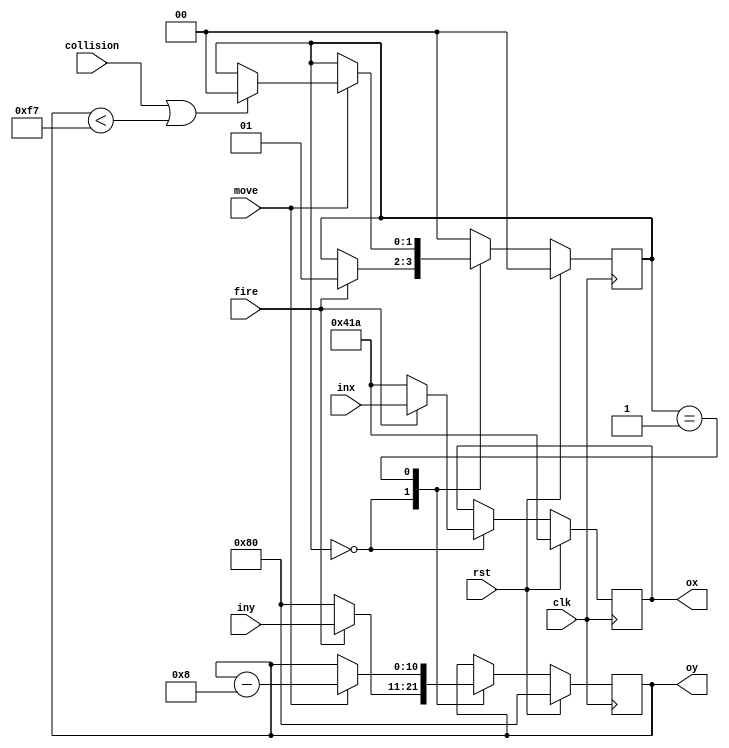
module lazermover
    (input  wire clk,
     input  wire rst,
     input  wire move,
     input  wire fire,
     input  wire collision,
     input wire [10:0]  inx,
     input wire [10:0]  iny,
     output wire [10:0] ox,
     output wire [10:0] oy);
   
   localparam S0 = 0, S1 = 1;
	
	reg [1:0] state,statenext;
	
	reg [10:0] lazerx, lazerxnext, lazery, lazerynext;
	
	
	always @(posedge clk) begin
		if(rst) begin
			state <= S0;
			lazerx <= 11'd1050;
			lazery <= 11'd128;
		end
		else begin
			state <= statenext;
			lazerx <= lazerxnext;
			lazery <= lazerynext;
		end
	end
	
	always @(*) begin
		statenext = state;
		lazerxnext = lazerx;
		lazerynext = lazery;
		
		case(state)
			S0: begin
                lazerxnext = 11'd1050;
                lazerynext = 11'd128;
                if(fire) begin
                    lazerxnext = inx;
                    lazerynext = iny;
                    statenext = S1;
                end
			end
			
			S1: begin
				if(move) begin
                    lazerynext = lazery - 11'd8;
                    if(collision || lazery < 11'd247)
                        statenext = S0;
				end
			end
			
			default:
				statenext = S0;
		endcase
	end
	
	assign ox = lazerx;
	assign oy = lazery;

endmodule